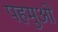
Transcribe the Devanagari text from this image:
पहमुओं